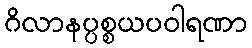
ဂိလာနပ္ပစ္စယပဝါရဏာ